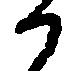
か